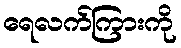
ရေလက်ကြားကို